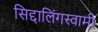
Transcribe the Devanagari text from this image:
सिद्दालिंगस्वामी